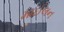
માઈલન